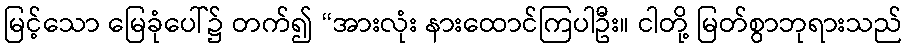
မြင့်သော မြေခုံပေါ်၌ တက်၍ “အားလုံး နားထောင်ကြပါဦး။ ငါတို့ မြတ်စွာဘုရားသည်